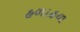
હળાહળ